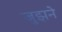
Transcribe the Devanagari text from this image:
जुझने